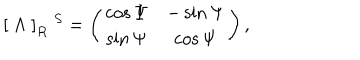
\left[ \; \Lambda \; \right] _ { R } \; ^ { S } = \left( \begin{matrix} { { \cos \Psi } } & { { - \sin \Psi } } \\ { { \sin \Psi } } & { { \cos \Psi } } \\ \end{matrix} \right) ,